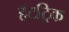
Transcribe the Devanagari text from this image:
हॅटट्रिक